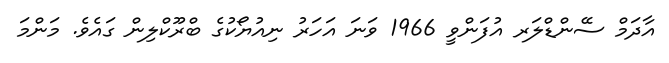
އާދަމް ސޭންޑްލަރ އުފަންވީ 1966 ވަނަ އަހަރު ނިއުޔޯކުގެ ބްރޫކްލިން ގައެވެ. މަންމަ